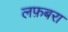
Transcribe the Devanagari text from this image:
लफ़बरा